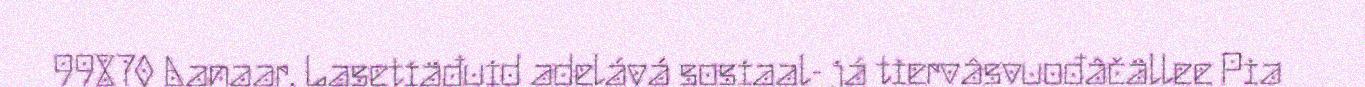
99870 Aanaar. Lasetiäđuid adelává sosiaal- já tiervâsvuođâčällee Pia